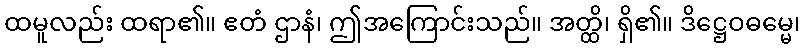
ထမူလည်း ထရာ၏။ ဧတံ ဌာနံ၊ ဤအကြောင်းသည်။ အတ္ထိ၊ ရှိ၏။ ဒိဋ္ဌေဝဓမ္မေ၊